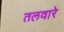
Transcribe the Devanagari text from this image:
तलवारे